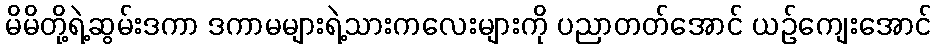
မိမိတို့ရဲ့ဆွမ်းဒကာ ဒကာမများရဲ့သားကလေးများကို ပညာတတ်အောင် ယဉ်ကျေးအောင်